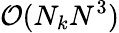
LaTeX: \mathcal O(N_{k}N^{3})